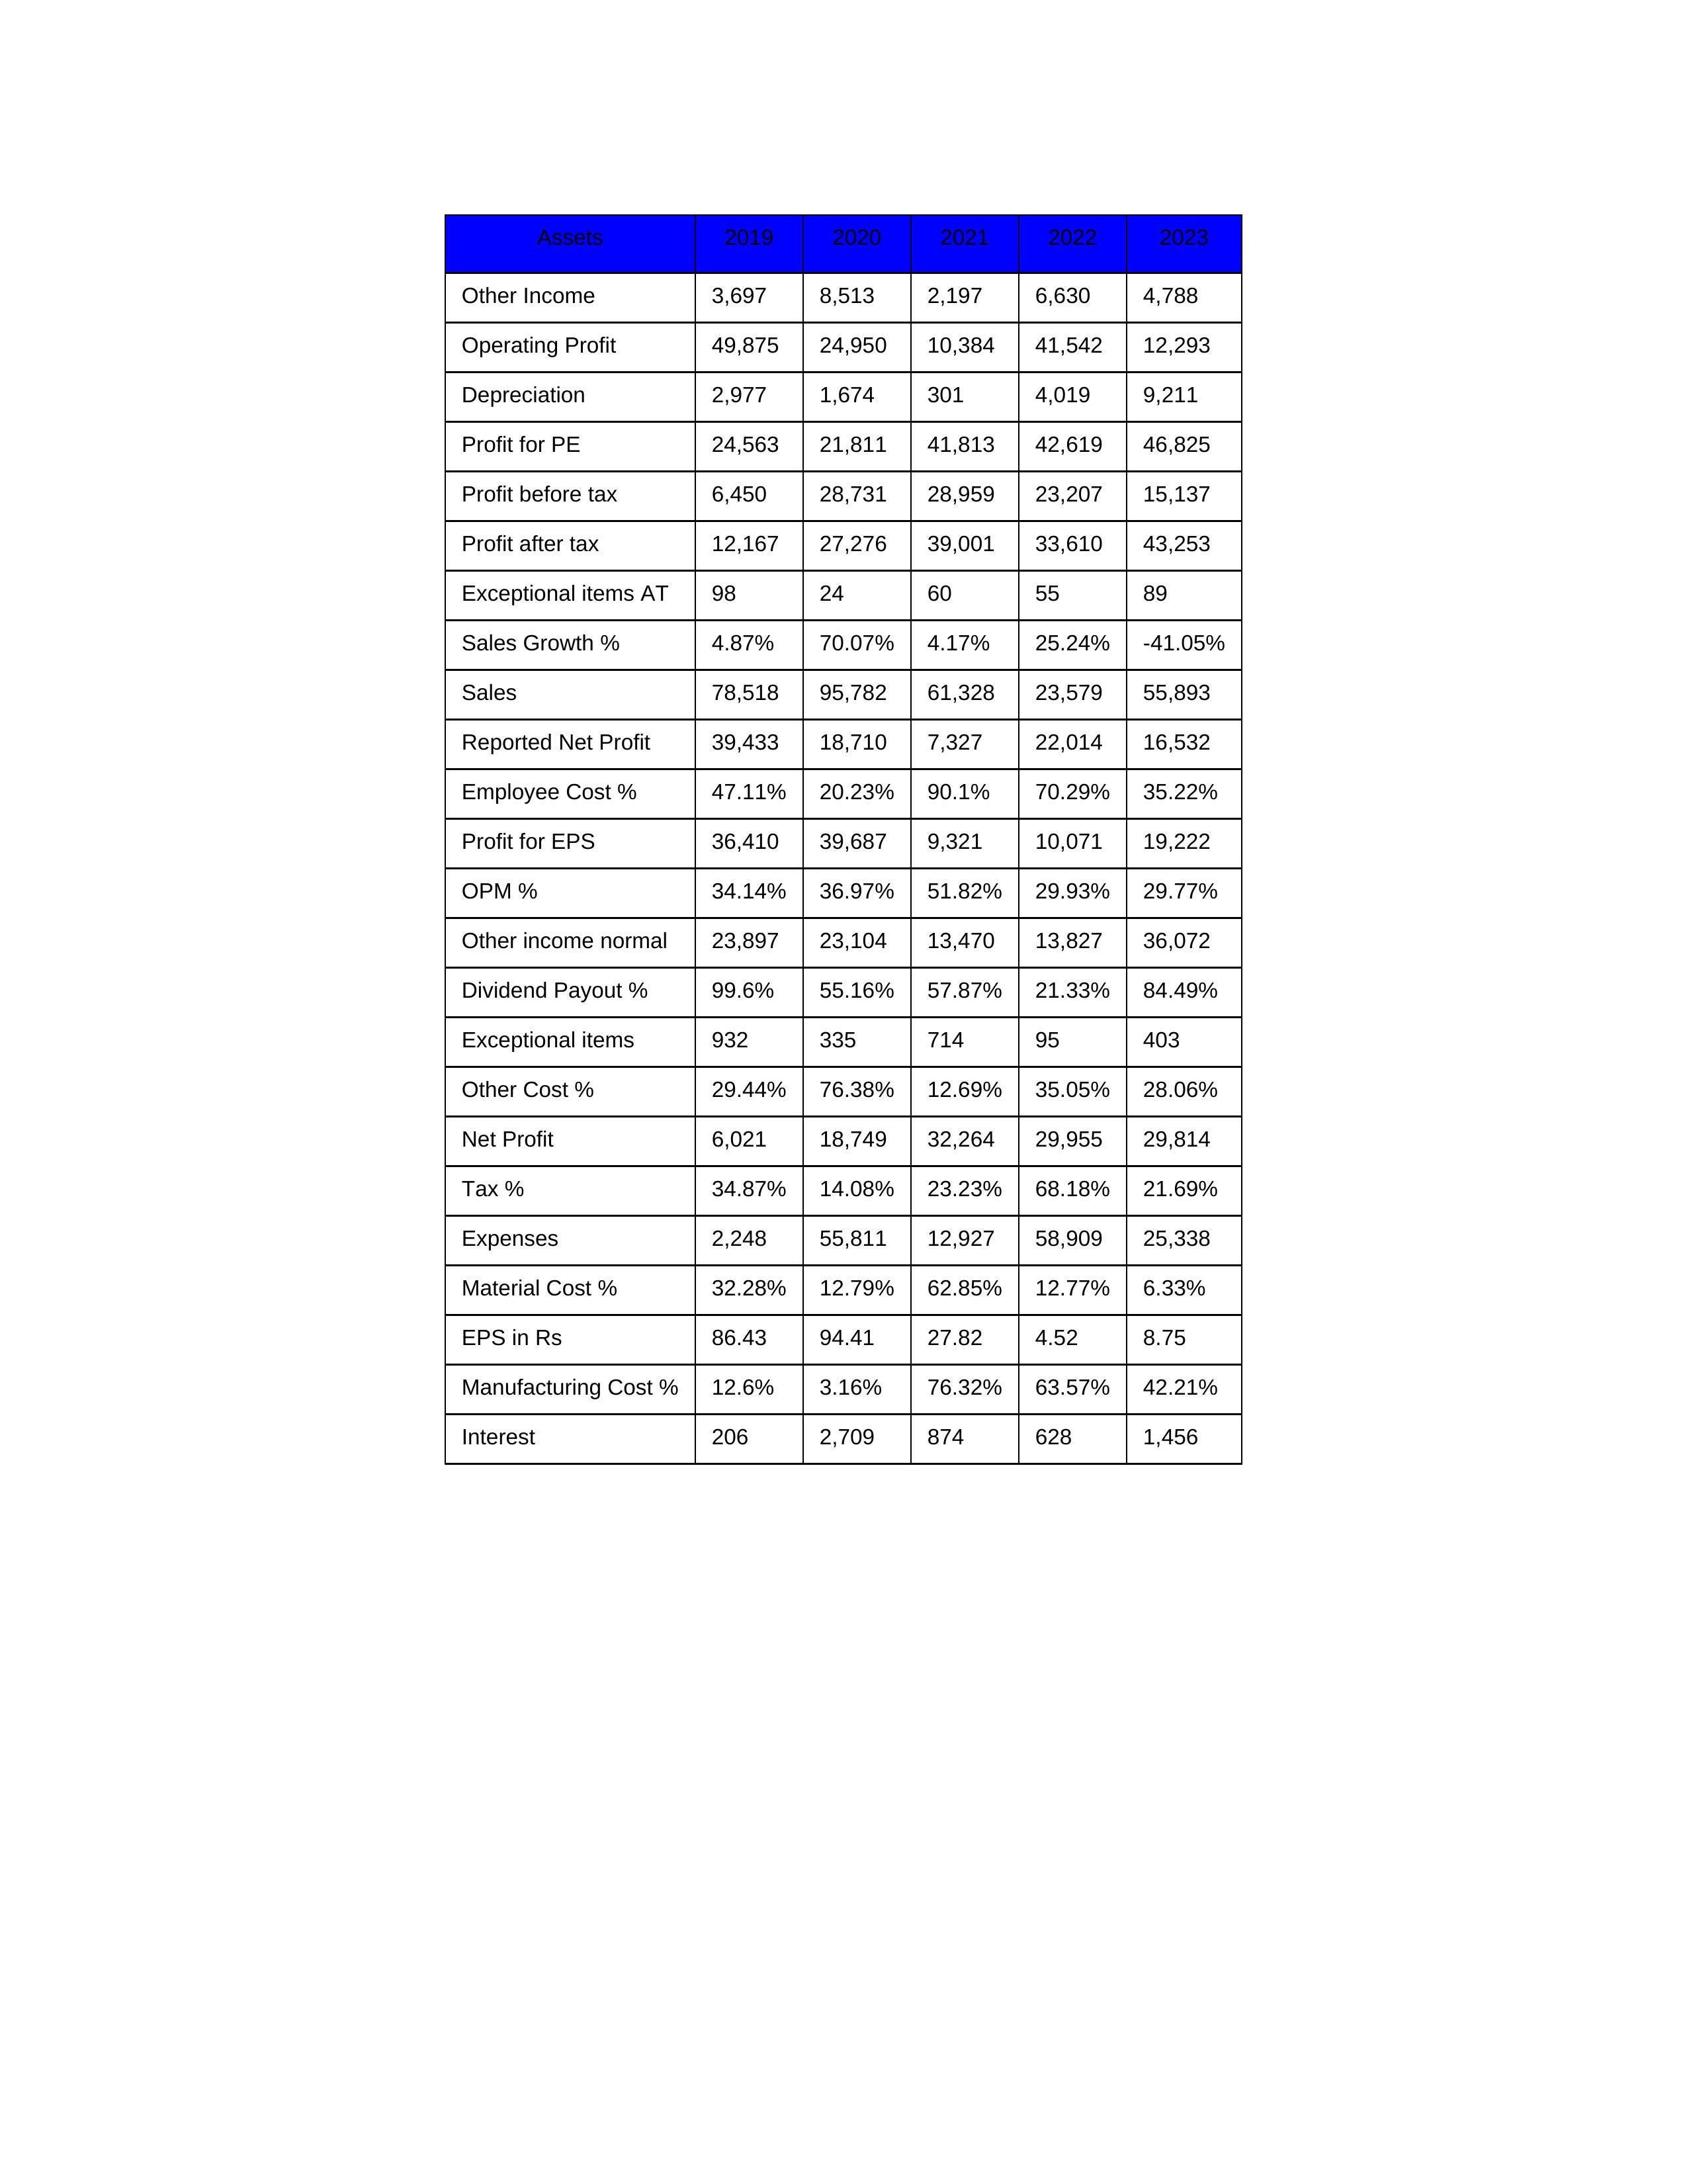
gt_parse: 2019: Sales: 78,518
Sales Growth %: 4.87%
Expenses: 2,248
Material Cost %: 32.28%
Manufacturing Cost %: 12.6%
Employee Cost %: 47.11%
Other Cost %: 29.44%
Operating Profit: 49,875
OPM %: 34.14%
Other Income: 3,697
Exceptional items: 932
Other income normal: 23,897
Interest: 206
Depreciation: 2,977
Profit before tax: 6,450
Tax %: 34.87%
Net Profit: 6,021
Profit after tax: 12,167
Reported Net Profit: 39,433
Profit for EPS: 36,410
Exceptional items AT: 98
Profit for PE: 24,563
EPS in Rs: 86.43
Dividend Payout %: 99.6%
2020: Sales: 95,782
Sales Growth %: 70.07%
Expenses: 55,811
Material Cost %: 12.79%
Manufacturing Cost %: 3.16%
Employee Cost %: 20.23%
Other Cost %: 76.38%
Operating Profit: 24,950
OPM %: 36.97%
Other Income: 8,513
Exceptional items: 335
Other income normal: 23,104
Interest: 2,709
Depreciation: 1,674
Profit before tax: 28,731
Tax %: 14.08%
Net Profit: 18,749
Profit after tax: 27,276
Reported Net Profit: 18,710
Profit for EPS: 39,687
Exceptional items AT: 24
Profit for PE: 21,811
EPS in Rs: 94.41
Dividend Payout %: 55.16%
2021: Sales: 61,328
Sales Growth %: 4.17%
Expenses: 12,927
Material Cost %: 62.85%
Manufacturing Cost %: 76.32%
Employee Cost %: 90.1%
Other Cost %: 12.69%
Operating Profit: 10,384
OPM %: 51.82%
Other Income: 2,197
Exceptional items: 714
Other income normal: 13,470
Interest: 874
Depreciation: 301
Profit before tax: 28,959
Tax %: 23.23%
Net Profit: 32,264
Profit after tax: 39,001
Reported Net Profit: 7,327
Profit for EPS: 9,321
Exceptional items AT: 60
Profit for PE: 41,813
EPS in Rs: 27.82
Dividend Payout %: 57.87%
2022: Sales: 23,579
Sales Growth %: 25.24%
Expenses: 58,909
Material Cost %: 12.77%
Manufacturing Cost %: 63.57%
Employee Cost %: 70.29%
Other Cost %: 35.05%
Operating Profit: 41,542
OPM %: 29.93%
Other Income: 6,630
Exceptional items: 95
Other income normal: 13,827
Interest: 628
Depreciation: 4,019
Profit before tax: 23,207
Tax %: 68.18%
Net Profit: 29,955
Profit after tax: 33,610
Reported Net Profit: 22,014
Profit for EPS: 10,071
Exceptional items AT: 55
Profit for PE: 42,619
EPS in Rs: 4.52
Dividend Payout %: 21.33%
2023: Sales: 55,893
Sales Growth %: -41.05%
Expenses: 25,338
Material Cost %: 6.33%
Manufacturing Cost %: 42.21%
Employee Cost %: 35.22%
Other Cost %: 28.06%
Operating Profit: 12,293
OPM %: 29.77%
Other Income: 4,788
Exceptional items: 403
Other income normal: 36,072
Interest: 1,456
Depreciation: 9,211
Profit before tax: 15,137
Tax %: 21.69%
Net Profit: 29,814
Profit after tax: 43,253
Reported Net Profit: 16,532
Profit for EPS: 19,222
Exceptional items AT: 89
Profit for PE: 46,825
EPS in Rs: 8.75
Dividend Payout %: 84.49%